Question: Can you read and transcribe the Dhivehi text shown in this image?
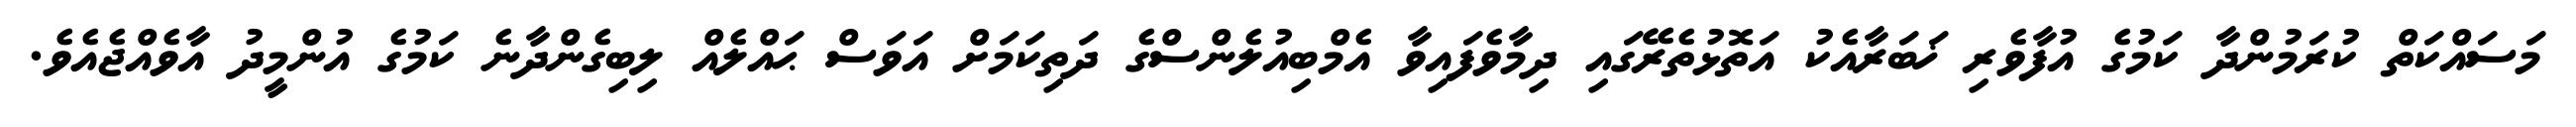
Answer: މަސައްކަތް ކުރަމުންދާ ކަމުގެ އުފާވެރި ޚަބަރާއެކު އަތޮޅުތެރޭގައި ދިމާވެފައިވާ އެމްބިއުލެންސްގެ ދަތިކަމަށް އަވަސް ޙައްލެއް ލިބިގެންދާނެ ކަމުގެ އުންމީދު އާވެއްޖެއެވެ.